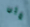
متي